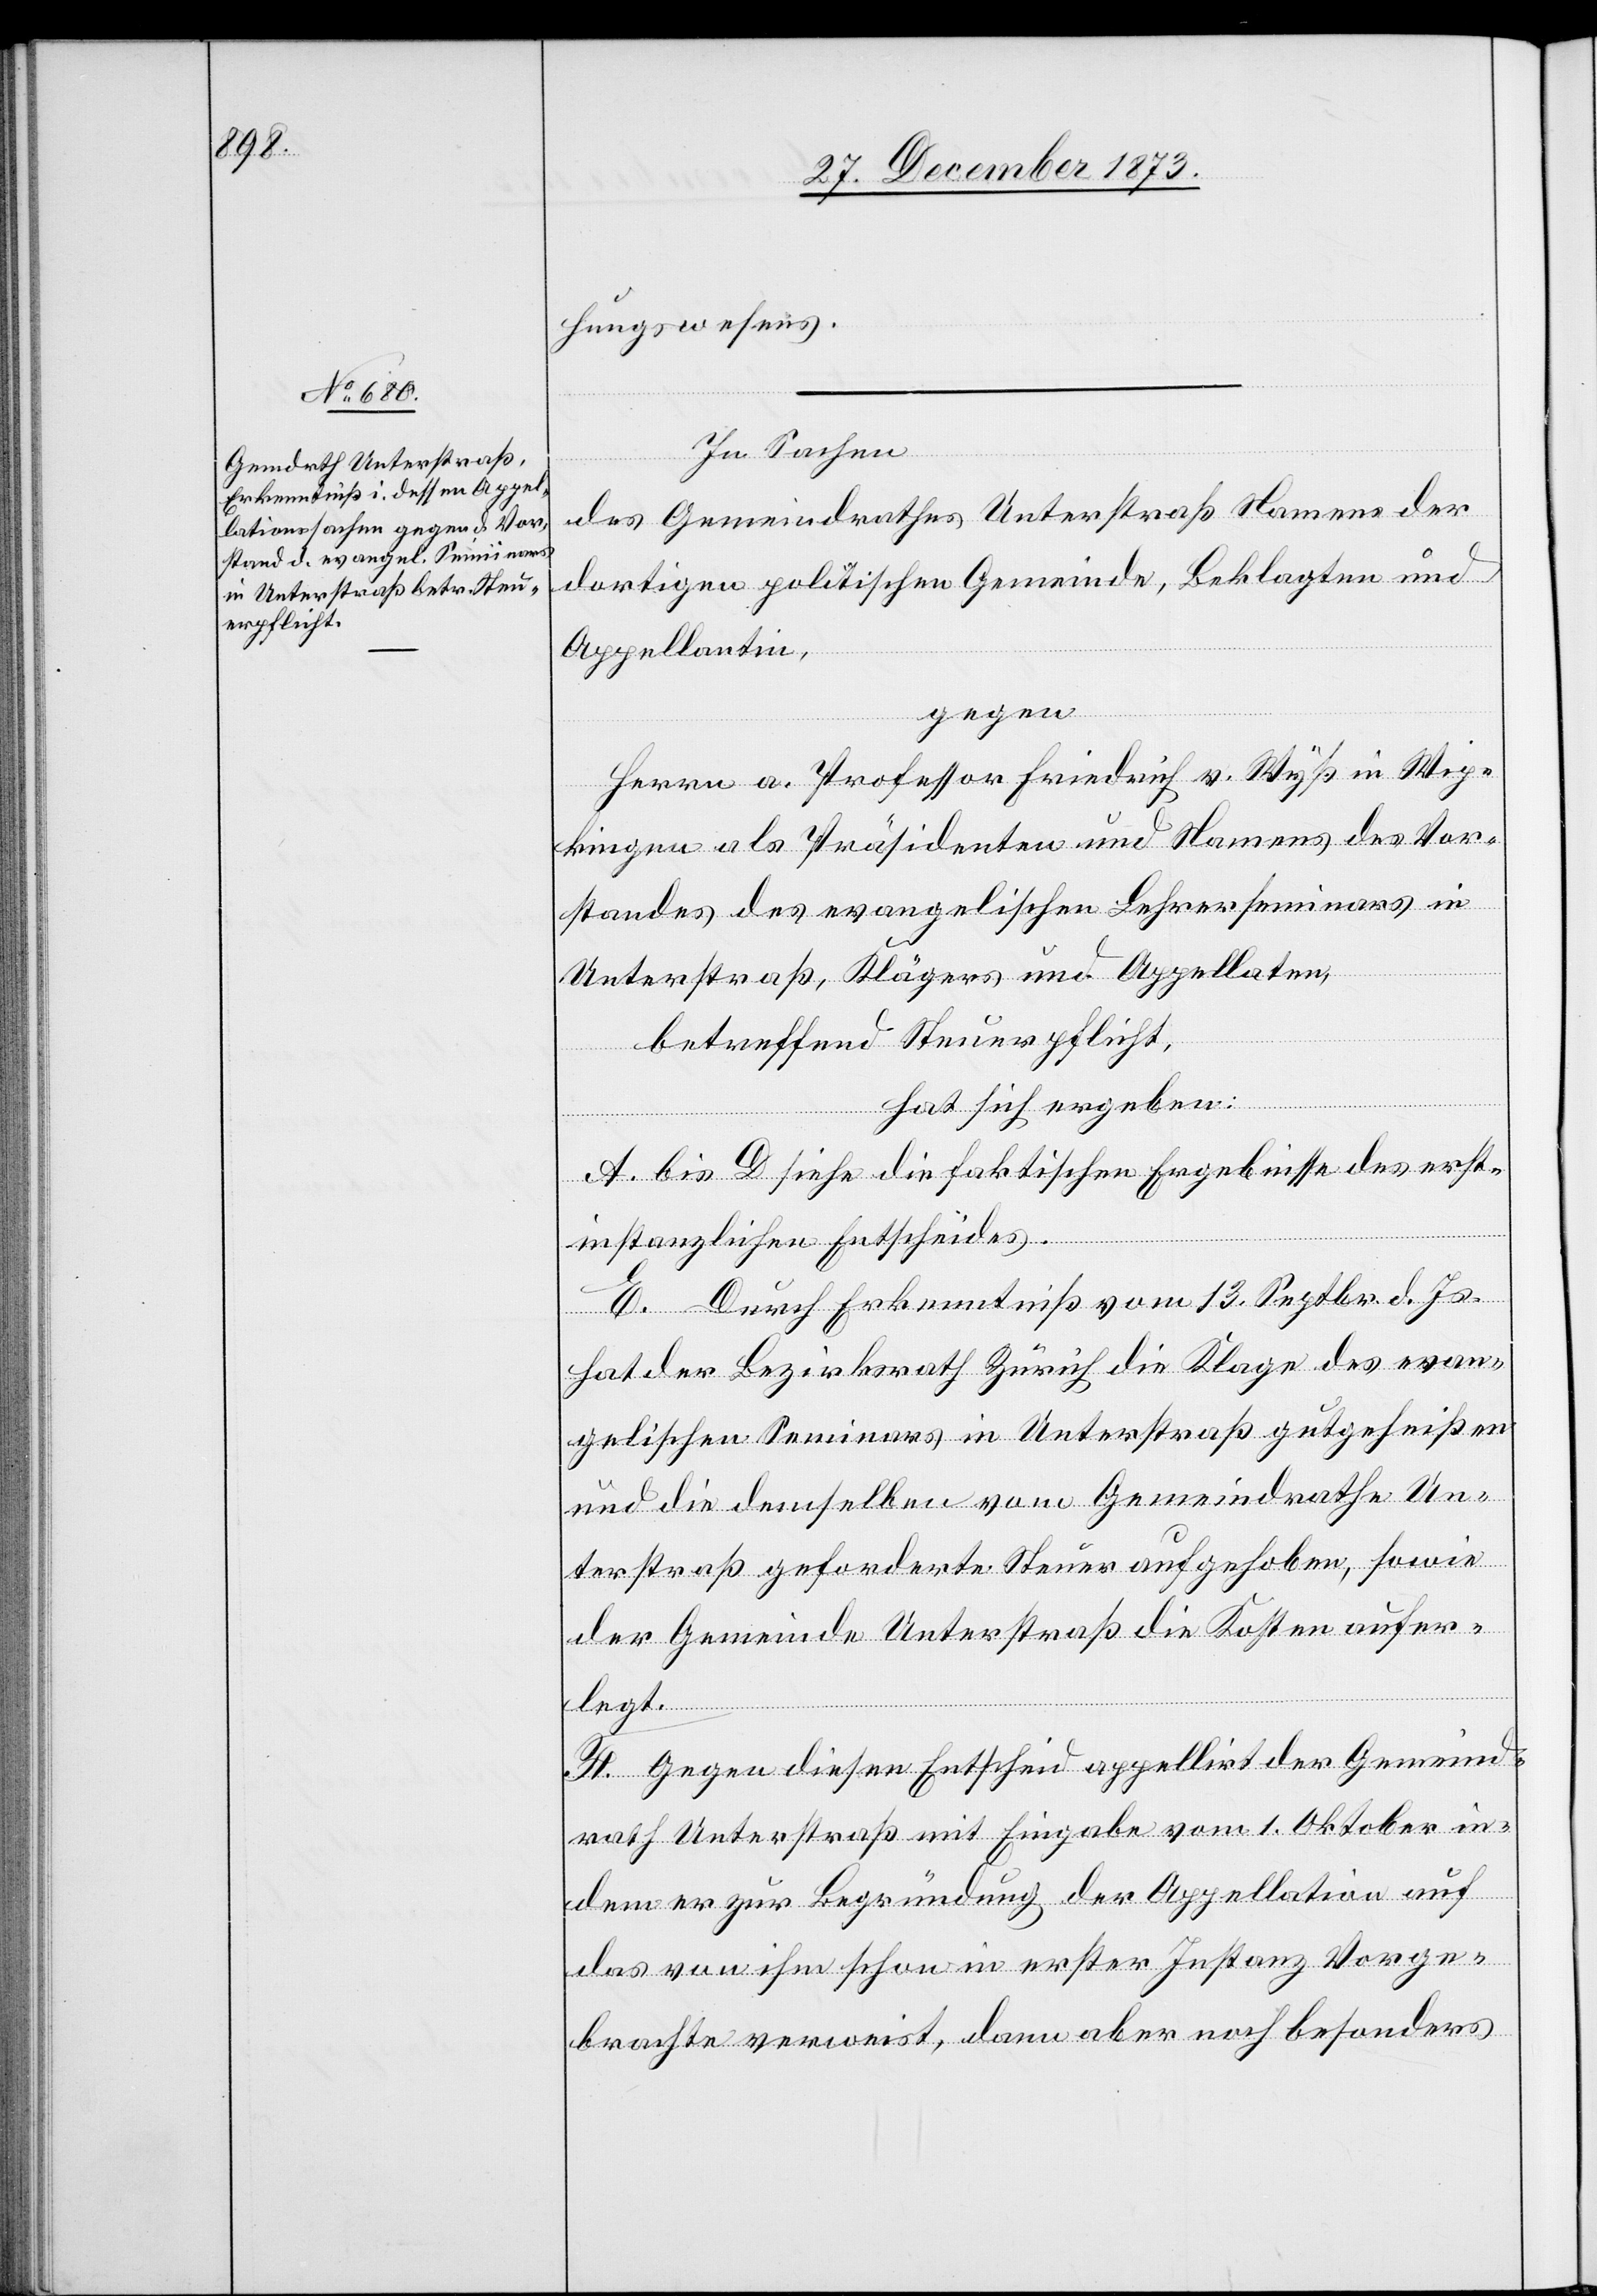
hungswesens.
In Sachen
des Gemeindrathes Unterstraß Namens der
dortigen politischen Gemeinde, Beklagten und
Appellantin,
gegen
Herrn a. Professor Friedrich v. Wyß in Wip¬
kingen als Präsidenten und Namens des Vor¬
standes des evangelischen Lehrerseminars in
Unterstraß, Klägers und Appellaten,
betreffend Steuerpflicht,
hat sich ergeben:
A. bis D siehe die faktischen Ergebnisse des erst¬
instanzlichen Entscheides.
E. Durch Erkenntniß vom 13. Septbr. d. Js.
hat der Bezirksrath Zürich die Klage des evan¬
gelischen Seminars in Unterstraß gutgeheißen
und die demselben vom Gemeindrathe Un¬
terstraß geforderte Steuer aufgehoben, sowie
der Gemeinde Unterstraß die Kosten aufer¬
legt.
F. Gegen diesen Entscheid appellirt der Gemeind¬
rath Unterstraß mit Eingabe vom 1. Oktober in¬
dem er zur Begründung der Appellation auf
das von ihm schon in erster Instanz Vorge¬
brachte verweist, dann aber noch besonders